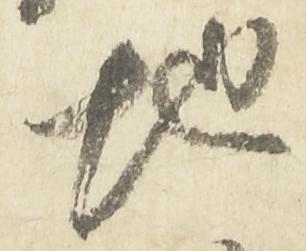
地